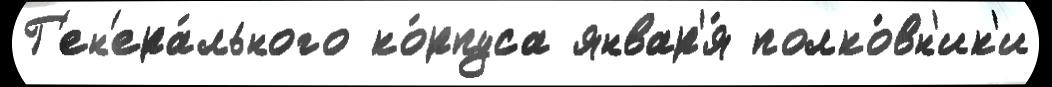
Г'ен'ера́льного ко́рпуса январ'я́ полко́вн'ик'и